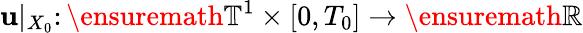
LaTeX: \mathbf{u}|_{X_{0}}\colon\ensuremath{{\mathbb{{T}}}}^{1}\times[0,T_{0}]\to\ensuremath{{\mathbb{{R}}}}